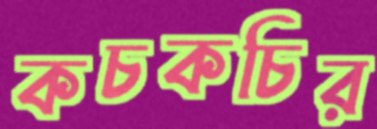
কচকচির